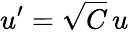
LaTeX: u^{\prime}=\sqrt{C}\, u